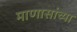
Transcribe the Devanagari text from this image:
माणासांच्या